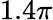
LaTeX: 1.4\pi